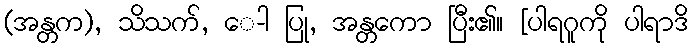
(အန္တက), သိသက်, ေ-ါ ပြု, အန္တကော ပြီး၏။ [ပါရဂူကို ပါရာဒိ